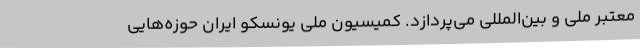
معتبر ملی و بین‌المللی می‌پردازد. کمیسیون ملی یونسکو ایران حوزه‌هایی